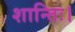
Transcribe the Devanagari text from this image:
शान्तिः।